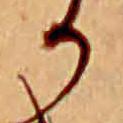
か